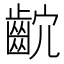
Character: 𪗴